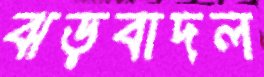
ঝড়বাদল